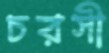
চরসী